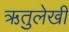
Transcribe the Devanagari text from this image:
ऋतुलेखी